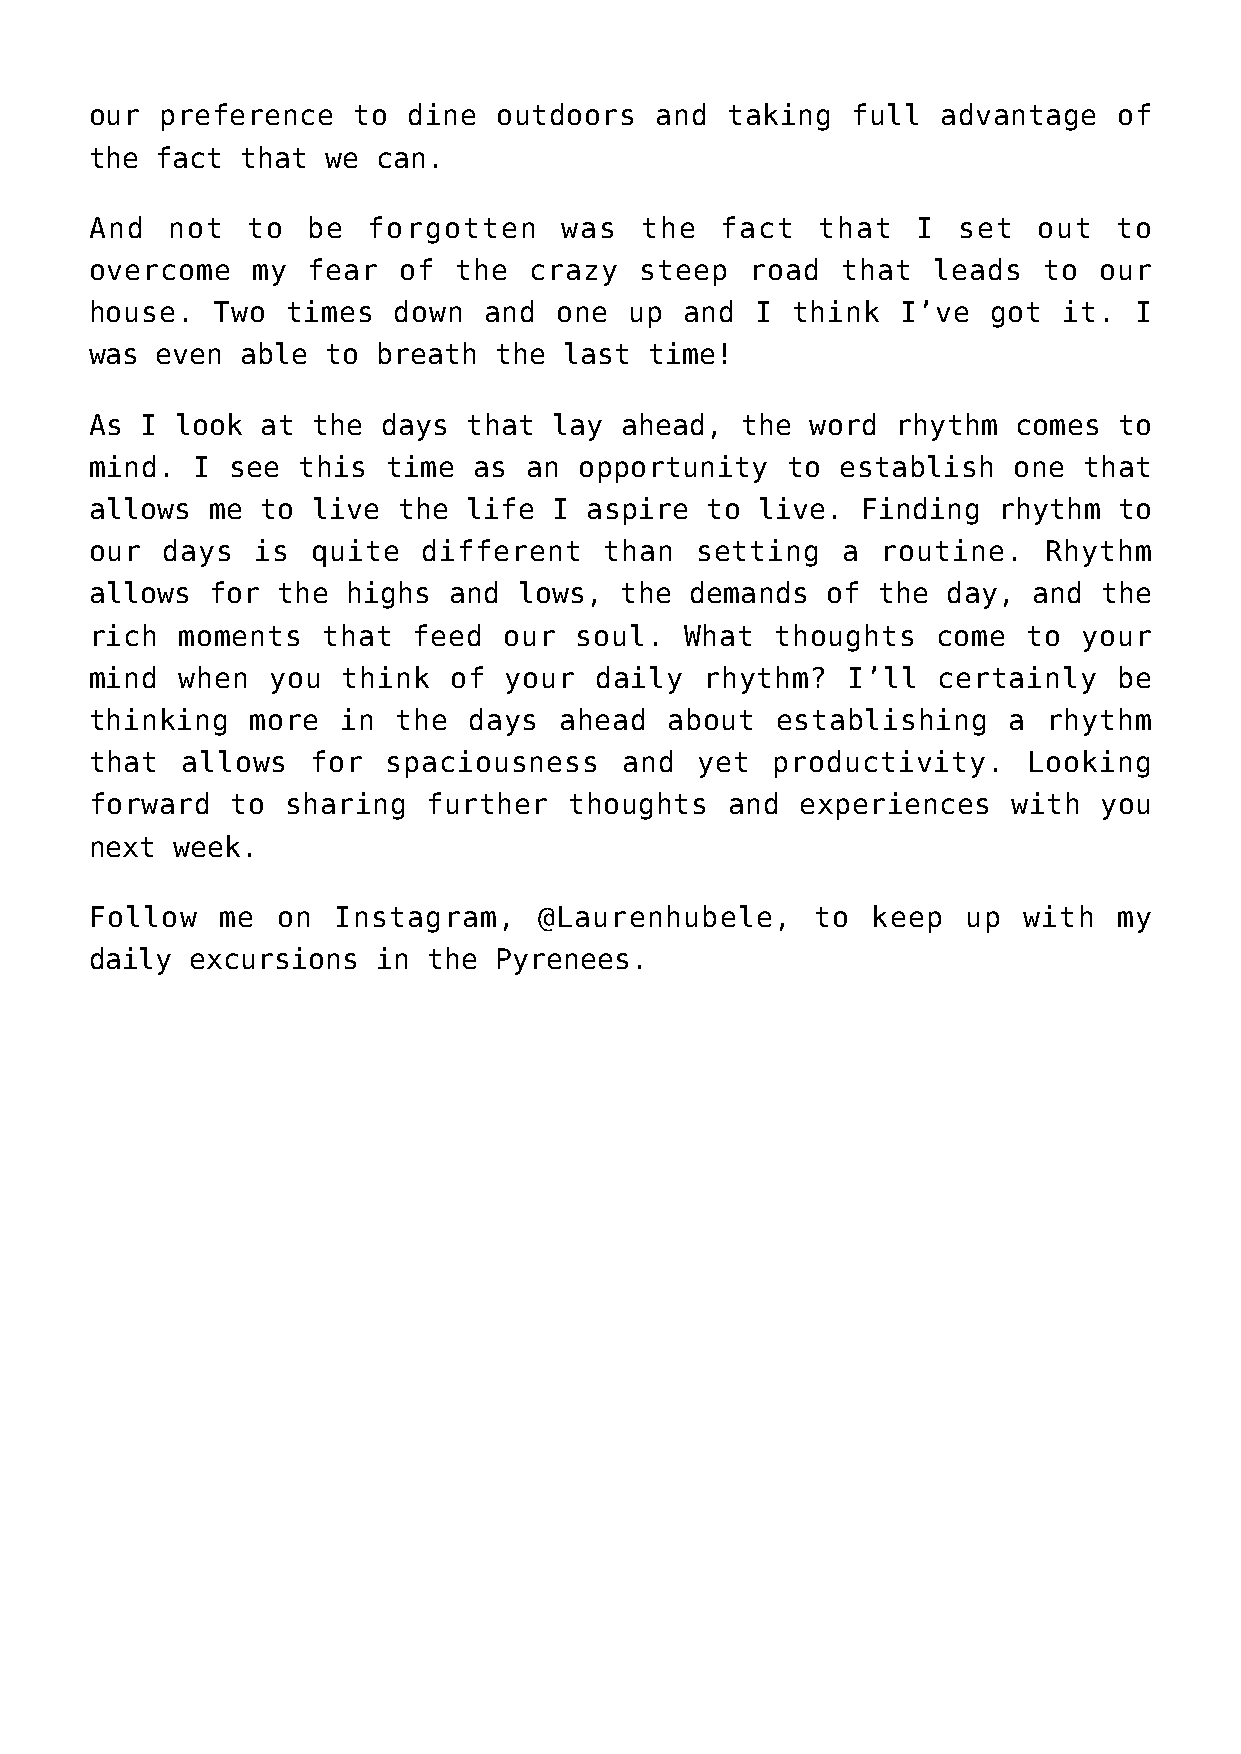
our  preference  to  dine  outdoors  and  taking  full  advantage   of
 the fact  that  we can.
 And  not  to  be  forgotten    was  the   fact  that   I set   out  to
 overcome   my fear  of  the  crazy  steep   road  that  leads  to  our
 house.  Two  times  down  and  one  up and  I think   I’ve  got it.  I
 was even  able  to breath  the last  time!
 As I  look at  the days  that  lay ahead,  the  word rhythm  comes  to
 mind.  I see  this  time as  an opportunity   to  establish  one  that
 allows  me to  live the  life  I aspire  to live.  Finding  rhythm  to
 our  days  is  quite  different   than  setting   a routine.   Rhythm
 allows  for the  highs  and lows,  the  demands  of the  day, and  the
 rich  moments  that  feed  our  soul.  What  thoughts   come  to  your
 mind  when  you  think  of your  daily   rhythm?  I’ll  certainly   be
 thinking   more  in the  days  ahead  about  establishing    a rhythm
 that  allows   for  spaciousness   and  yet  productivity.    Looking
 forward  to  sharing  further   thoughts  and  experiences   with  you
 next week.
 Follow  me  on  Instagram,    @Laurenhubele,    to  keep  up  with  my
 daily  excursions  in the  Pyrenees.